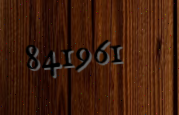
841961